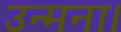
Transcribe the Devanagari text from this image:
उन्मना।